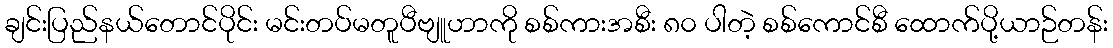
ချင်းပြည်နယ်တောင်ပိုင်း မင်းတပ်မတူပီဗျူဟာကို စစ်ကားအစီး ၈၀ ပါတဲ့ စစ်ကောင်စီ ထောက်ပို့ယာဉ်တန်း